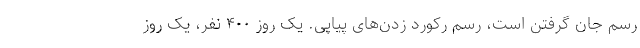
رسم جان گرفتن است، رسم رکورد زدن‌های پیاپی. یک روز ۴۰۰ نفر، یک روز